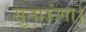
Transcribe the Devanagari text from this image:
सुनाऊंगा।